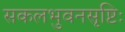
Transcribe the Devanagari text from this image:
सकलभुवनसृष्टिः